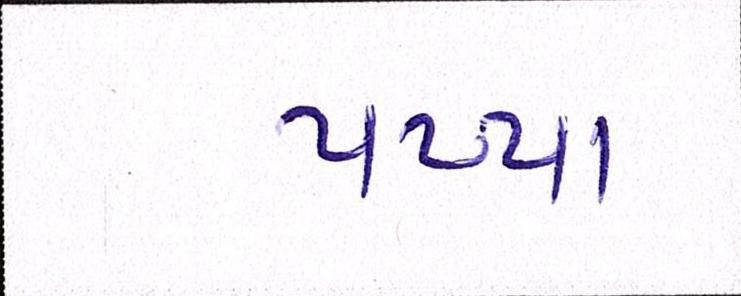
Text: પપ્પા